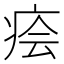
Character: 𤶊